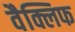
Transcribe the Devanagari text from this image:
वैक्लिफ